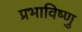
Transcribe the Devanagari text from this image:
प्रभाविष्णु